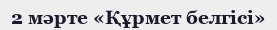
2 мәрте «Құрмет белгісі»